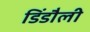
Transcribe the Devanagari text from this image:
डिंडौली